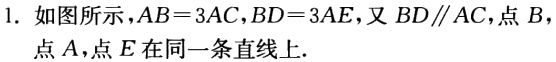
1. 如图所示，\(AB = 3AC\)，\(BD = 3AE\)，又\(BD\parallel AC\)，点\(B\)，点\(A\)，点\(E\)在同一条直线上.